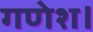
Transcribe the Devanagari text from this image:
गणेश।